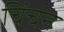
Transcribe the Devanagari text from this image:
चिंचन